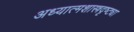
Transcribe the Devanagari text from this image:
अध्यात्मशास्त्रदृष्ट्या